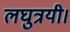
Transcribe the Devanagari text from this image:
लघुत्रयी।